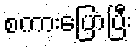
စကားပြောပြီး